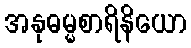
အနုဓမ္မစာရိနိယော